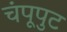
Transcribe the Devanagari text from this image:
चंपूपुट